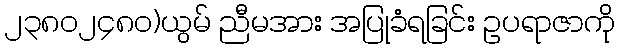
၂၃၈၀၂၄၈၀)ယွမ် ညီမအား အပြုခံရခြင်း ဥပရာဇာကို